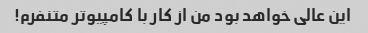
این عالی خواهد بود من از کار با کامپیوتر متنفرم!